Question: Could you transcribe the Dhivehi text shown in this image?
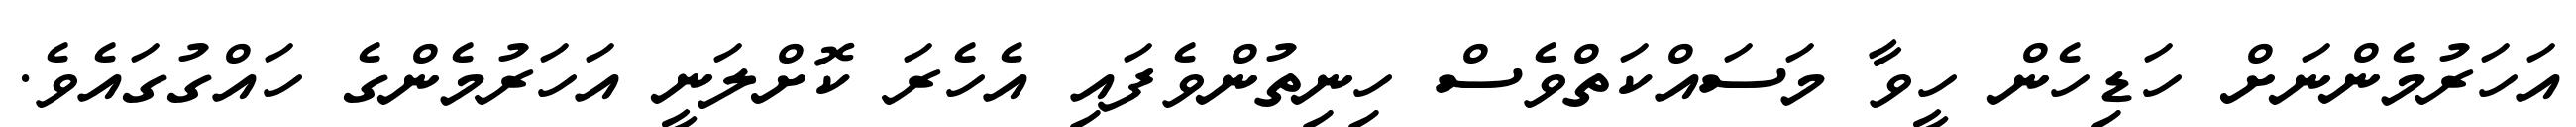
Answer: އަހަރުމެންނަށް ހަޑިހެން ހީވާ މަސައްކަތްވެސް ހިނިތުންވެފައި އެހެރަ ކޮށްލަނީ އަހަރުމެންގެ ހައްގުގައެވެ.